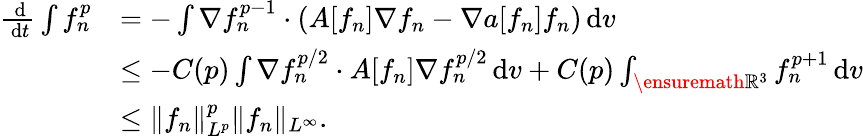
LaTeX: \begin{array}{rl}{\frac{\, \mathrm{d}}{\, \mathrm{d}t}\int f_{n}^{p}}&{=-\int\nabla f_{n}^{p-1}\cdot\left(A[f_{n}]\nabla f_{n}-\nabla a[f_{n}]f_{n}\right)\, \mathrm{d}v}\\ &{\le-C(p)\int\nabla f_{n}^{p/2}\cdot A[f_{n}]\nabla f_{n}^{p/2}\, \mathrm{d}v+C(p)\int_{\ensuremath{{\mathbb R}}^{3}}f_{n}^{p+1}\, \mathrm{d}v}\\ &{\le\| f_{n}\| _{L^{p}}^{p}\| f_{n}\| _{L^{\infty}}.}\end{array}